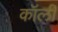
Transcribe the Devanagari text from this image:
कॉर्ली